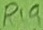
Text: R19